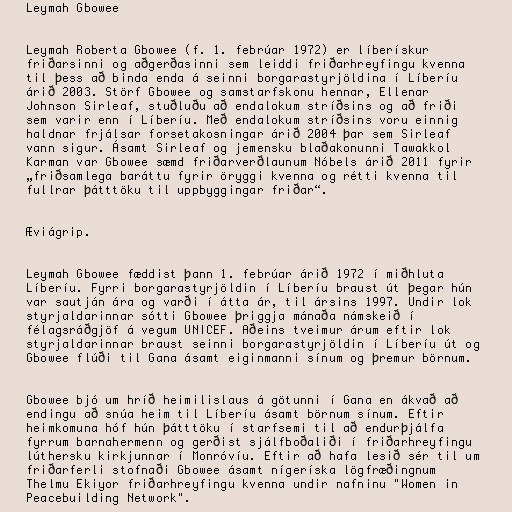
Leymah Gbowee

Leymah Roberta Gbowee (f. 1. febrúar 1972) er líberískur
friðarsinni og aðgerðasinni sem leiddi friðarhreyfingu kvenna
til þess að binda enda á seinni borgarastyrjöldina í Líberíu
árið 2003. Störf Gbowee og samstarfskonu hennar, Ellenar
Johnson Sirleaf, stuðluðu að endalokum stríðsins og að friði
sem varir enn í Líberíu. Með endalokum stríðsins voru einnig
haldnar frjálsar forsetakosningar árið 2004 þar sem Sirleaf
vann sigur. Ásamt Sirleaf og jemensku blaðakonunni Tawakkol
Karman var Gbowee sæmd friðarverðlaunum Nóbels árið 2011 fyrir
„friðsamlega baráttu fyrir öryggi kvenna og rétti kvenna til
fullrar þátttöku til uppbyggingar friðar“.

Æviágrip.

Leymah Gbowee fæddist þann 1. febrúar árið 1972 í miðhluta
Líberíu. Fyrri borgarastyrjöldin í Líberíu braust út þegar hún
var sautján ára og varði í átta ár, til ársins 1997. Undir lok
styrjaldarinnar sótti Gbowee þriggja mánaða námskeið í
félagsráðgjöf á vegum UNICEF. Aðeins tveimur árum eftir lok
styrjaldarinnar braust seinni borgarastyrjöldin í Líberíu út og
Gbowee flúði til Gana ásamt eiginmanni sínum og þremur börnum.

Gbowee bjó um hríð heimilislaus á götunni í Gana en ákvað að
endingu að snúa heim til Líberíu ásamt börnum sínum. Eftir
heimkomuna hóf hún þátttöku í starfsemi til að endurþjálfa
fyrrum barnahermenn og gerðist sjálfboðaliði í friðarhreyfingu
lúthersku kirkjunnar í Monróvíu. Eftir að hafa lesið sér til um
friðarferli stofnaði Gbowee ásamt nígeríska lögfræðingnum
Thelmu Ekiyor friðarhreyfingu kvenna undir nafninu "Women in
Peacebuilding Network".